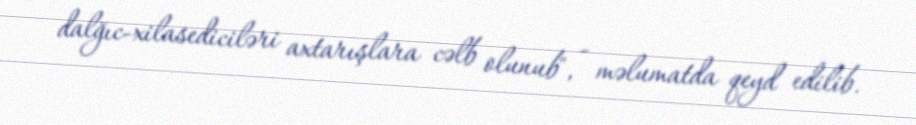
dalğıc-xilasediciləri axtarışlara cəlb olunub", - məlumatda qeyd edilib.